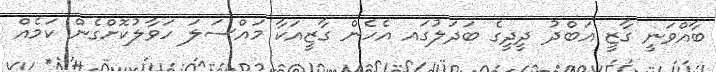
ބާއްވަނީ ގާޒީ އަބްދު ދީދީގެ ބަދަލުގައ އެހެން ގާޒީއަކާ މައްސަލަ ހަވާލުކޮށްގެން ކަމެއް